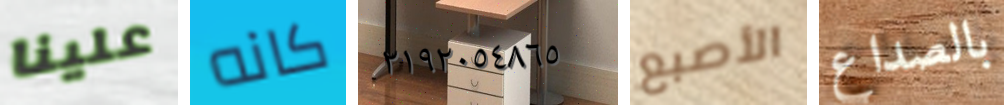
علينا كانه ٢١٩٢٠٥٤٨٦٥ الأصبع بالصداع